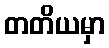
တတိယမှာ